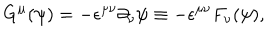
LaTeX: G ^ { \mu } ( \psi ) = - { \epsilon } ^ { { \mu } { \nu } } { \partial } _ { \nu } { \psi } \equiv - { \epsilon } ^ { { \mu } { \nu } } F _ { \nu } ( { \psi } ) ,